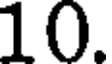
10.